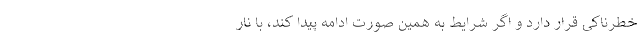
خطرناکی قرار دارد و اگر شرایط به همین صورت ادامه پیدا کند، با نار